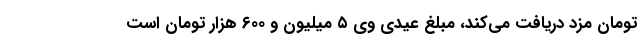
تومان مزد دریافت می‌کند، مبلغ عیدی وی ۵ میلیون و ۶۰۰ هزار تومان است